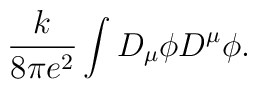
\frac{k}{8 \pi e^2} \int D_\mu \phi D^\mu \phi.